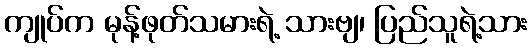
ကျုပ်က မုန့်ဖုတ်သမားရဲ့ သားဗျ၊ ပြည်သူရဲ့သား